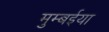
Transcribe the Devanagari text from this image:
मुम्बईया